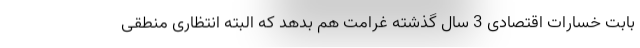
بابت خسارات اقتصادی 3 سال گذشته غرامت هم بدهد که البته انتظاری منطقی